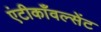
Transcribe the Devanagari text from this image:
एंटीकाँवल्सेंट